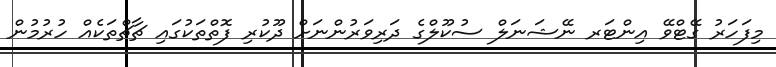
މިފަހަރު ގޭޓްވޭ އިންޓަރ ނޭޝަނަލް ސުކޫލްގެ ދަރިވަރުންނަށް ދޫކުރި ފޮތްތަކުގައި ޗާޗްތަކެއް ހުރުމުން